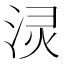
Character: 𰛻